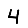
Digit: 4